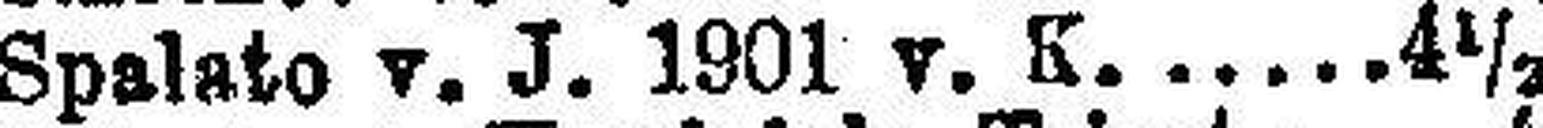
Spalato v. J. 1901 v. K. 4½